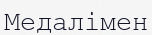
Медалімен